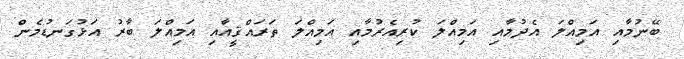
ބޭނުމާއި އަމިއްލަ އެދުމާއި އަމިއްލަ ކުރިއެރުމާއި އަމިއްލަ ތަރައްޤީއާއި އަމިއްލަ ބާރު އަޅުގަނޑުމެން